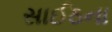
સાઈઠના